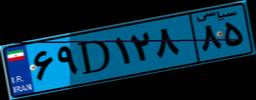
۱۲D۷۹۲۷۲